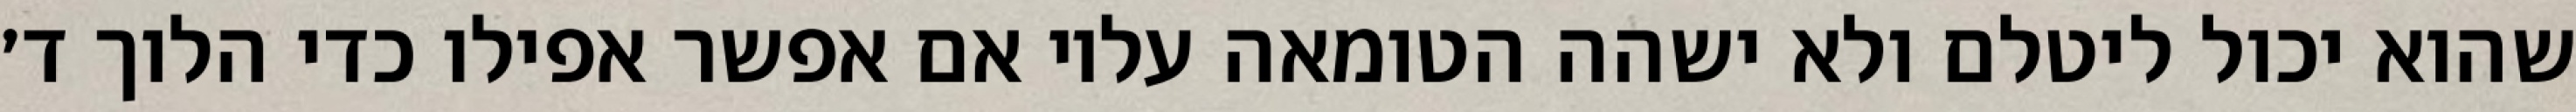
שהוא יכול ליטלם ולא ישהה הטומאה עליו אם אפשר אפילו כדי הלוך ד׳